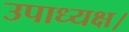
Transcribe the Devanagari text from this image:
उपाध्यक्ष।